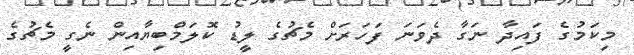
މިކަމުގެ ފައިދާ ނަގާ ދެވަނަ ފަހަރަށް މެޗުގެ ލީޑު ކޮލަމްބިޔާއިން ނެގީ މެޗުގެ